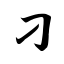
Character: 刁